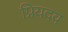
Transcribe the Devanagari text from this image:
प्रियदव